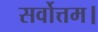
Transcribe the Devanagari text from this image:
सर्वोत्तम।